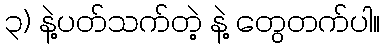
၃) နဲ့ပတ်သက်တဲ့ နဲ့ တွေတက်ပါ။